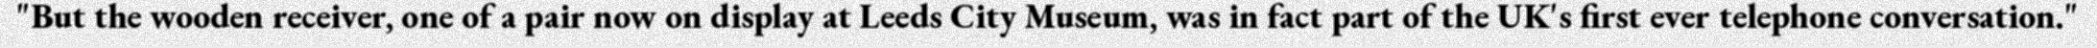
"But the wooden receiver, one of a pair now on display at Leeds City Museum, was in fact part of the UK's first ever telephone conversation."